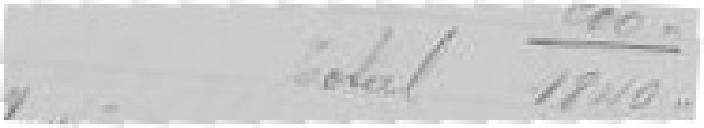
200 Total 1 840